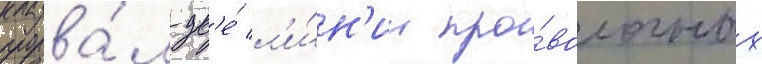
прорва́л дв'е́ л'и́н'ии про́волочных